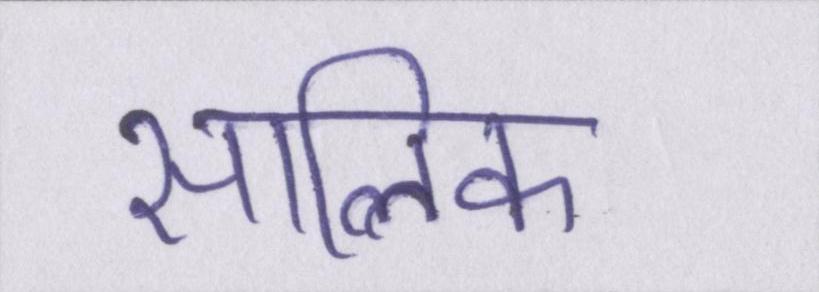
सालिक